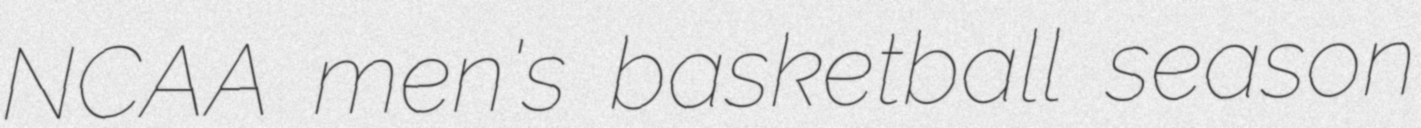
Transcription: NCAA men's basketball season